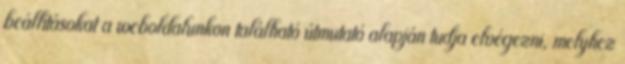
beállításokat a weboldalunkon található útmutató alapján tudja elvégezni, melyhez